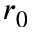
r _ { 0 }